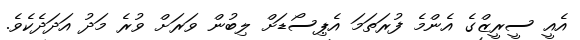
އެއީ ސީރީޒްގެ އެންމެ ފުރަތަމަ އެޕިސޯޑަށް ލިބުން ވަރަށް ވުރެ މަދު އަދަދެކެވެ.